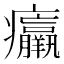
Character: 𤼘